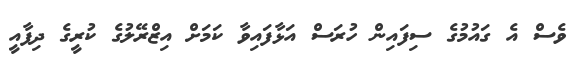
ވެސް އެ ގައުމުގެ ސިފައިން ހުރަސް އަޅާފައިވާ ކަމަށް އިޒްރޭލުގެ ކުރީގެ ދިފާއީ